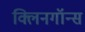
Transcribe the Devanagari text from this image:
क्लिनगॉन्स